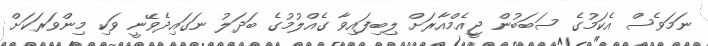
ނަމަވެސް އެކަމުގެ ސަބަބުން ޖީއެމްއާރަށް ލިބިފައިވާ ގެއްލުމުގެ ބަދަލު ނަގައިދެވޭނީ ވަކި މިންވަރަކަށް